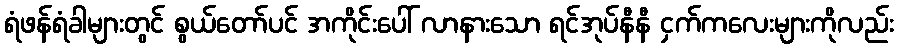
ရံဖန်ရံခါများတွင် စွယ်တော်ပင် အကိုင်းပေါ် လာနားသော ရင်အုပ်နီနီ ငှက်ကလေးများကိုလည်း